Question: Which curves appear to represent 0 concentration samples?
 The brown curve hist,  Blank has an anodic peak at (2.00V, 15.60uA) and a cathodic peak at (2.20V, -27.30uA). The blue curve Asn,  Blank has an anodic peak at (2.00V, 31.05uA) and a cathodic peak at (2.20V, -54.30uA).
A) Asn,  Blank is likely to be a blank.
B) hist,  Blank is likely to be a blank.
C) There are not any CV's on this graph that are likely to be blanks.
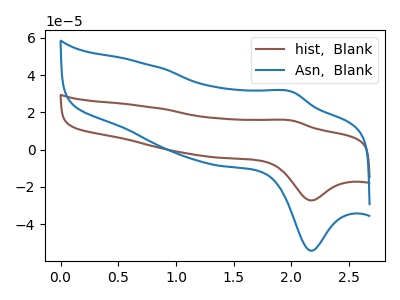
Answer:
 <answer>C) There are not any CV's on this graph that are likely to be blanks.</answer>
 <eval>C</eval>